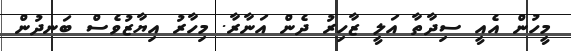
މީހުން އެއީ ސިދާތާ އަލީ ޒާހިރު ދެން އަނާރާ. މިހާރު އިޔާޒުވެސް ބަނދުން